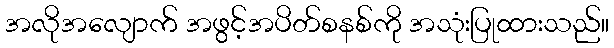
အလိုအလျောက် အဖွင့်အပိတ်စနစ်ကို အသုံးပြုထားသည်။